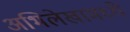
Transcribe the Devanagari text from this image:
अभिलेखामध्ये